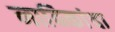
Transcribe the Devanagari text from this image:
नाविकांचा